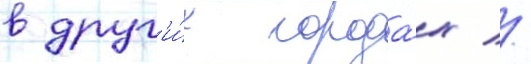
в друг'и́х города́х //